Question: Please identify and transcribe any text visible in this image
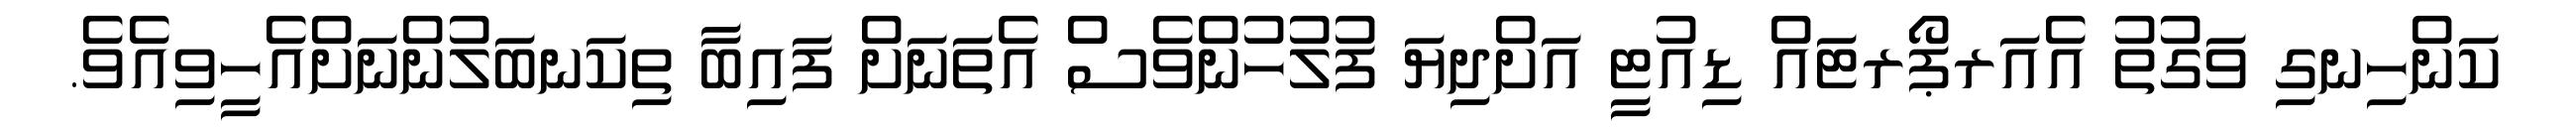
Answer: ކަންހިނގި ވަގުތު އެއަރޕޯރޓައް ޑިއުޓީ އަށްދިޔަ ފުލުހުންވެސް އެތަނަށް ފައިބާ ތިކަނބަލުންނަށްއެހީވިއެވެ.